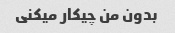
بدون من چیکار میکنی